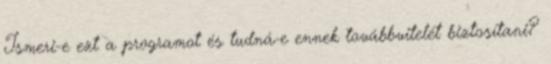
Ismeri-e ezt a programot és tudná-e ennek továbbvitelét biztosítani?